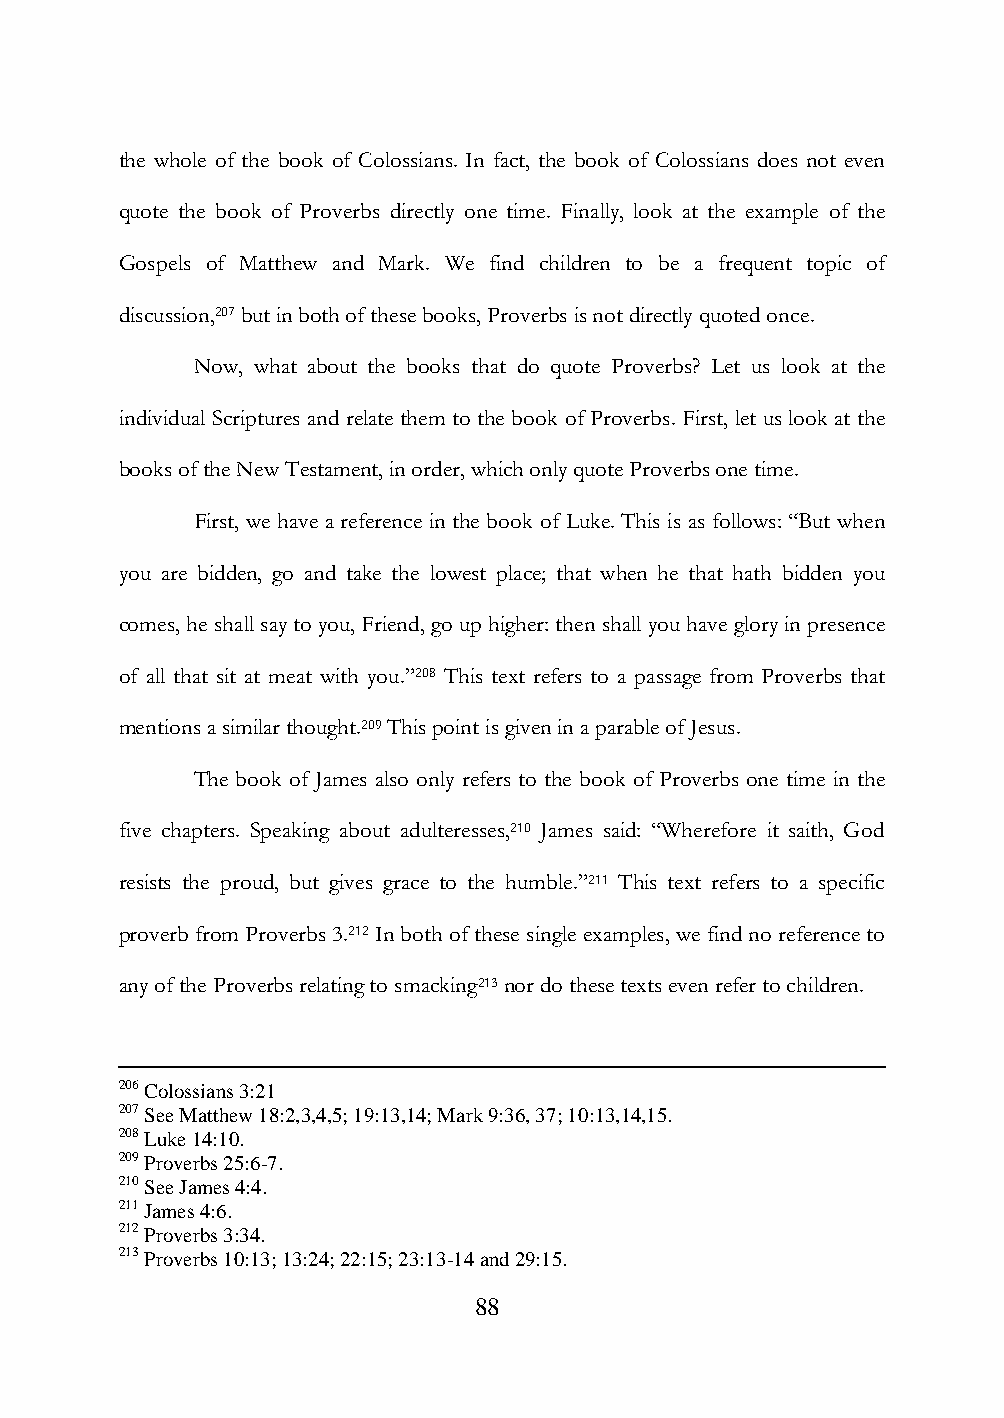
the whole of the book of Colossians. In fact, the book of Colossians does not even
 quote the book of Proverbs directly one time. Finally, look at the example of the
 Gospels of Matthew and Mark. We find children to be a frequent topic of
 discussion,207 but in both of these books, Proverbs is not directly quoted once.
 Now, what about the books that do quote Proverbs? Let us look at the
 individual Scriptures and relate them to the book of Proverbs. First, let us look at the
 books of the New Testament, in order, which only quote Proverbs one time.
 First, we have a reference in the book of Luke. This is as follows: “But when
 you are bidden, go and take the lowest place; that when he that hath bidden you
 comes, he shall say to you, Friend, go up higher: then shall you have glory in presence
 of all that sit at meat with you.”208 This text refers to a passage from Proverbs that
 mentions a similar thought.209 This point is given in a parable of Jesus.
 The book of James also only refers to the book of Proverbs one time in the
 five chapters. Speaking about adulteresses,210 James said: “Wherefore it saith, God
 resists the proud, but gives grace to the humble.”211 This text refers to a specific
 proverb from Proverbs 3.212 In both of these single examples, we find no reference to
 any of the Proverbs relating to smacking213 nor do these texts even refer to children.
 206 Colossians 3:21
 207 See Matthew 18:2,3,4,5; 19:13,14; Mark 9:36, 37; 10:13,14,15.
 208 Luke 14:10.
 209 Proverbs 25:6-7.
 210 See James 4:4.
 211 James 4:6.
 212 Proverbs 3:34.
 213 Proverbs 10:13; 13:24; 22:15; 23:13-14 and 29:15.
 88